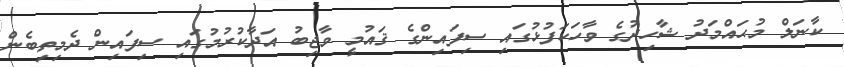
ކާނަލް މުޙައްމަދު ޝާހިދުގެ ވާހަކަފުޅުގައި ސިފައިންގެ ޤައުމީ ވާޖިބު އަދާކުރުމުގައި ސިފައިން ދެމިތިބެން